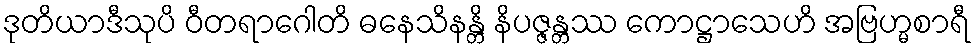
ဒုတိယာဒီသုပိ ဝီတရာဂေါတိ ဓနေသိနန္တိ နိပဇ္ဇန္တဿ ကောဋ္ဌာသေဟိ အဗြဟ္မစာရီ